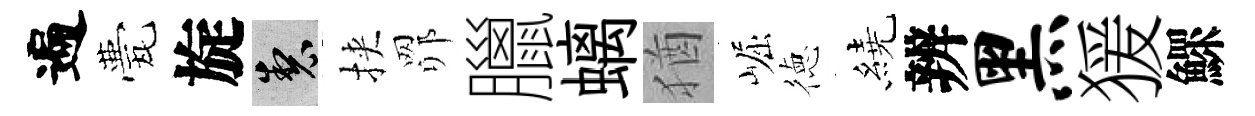
遍甍旋製挾𦊑臘螭猶崛徳繞辨黑猨鰥